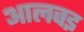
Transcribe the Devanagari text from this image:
आलवइ